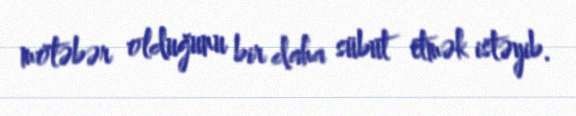
mötəbər olduğunu bir daha sübut etmək istəyib.